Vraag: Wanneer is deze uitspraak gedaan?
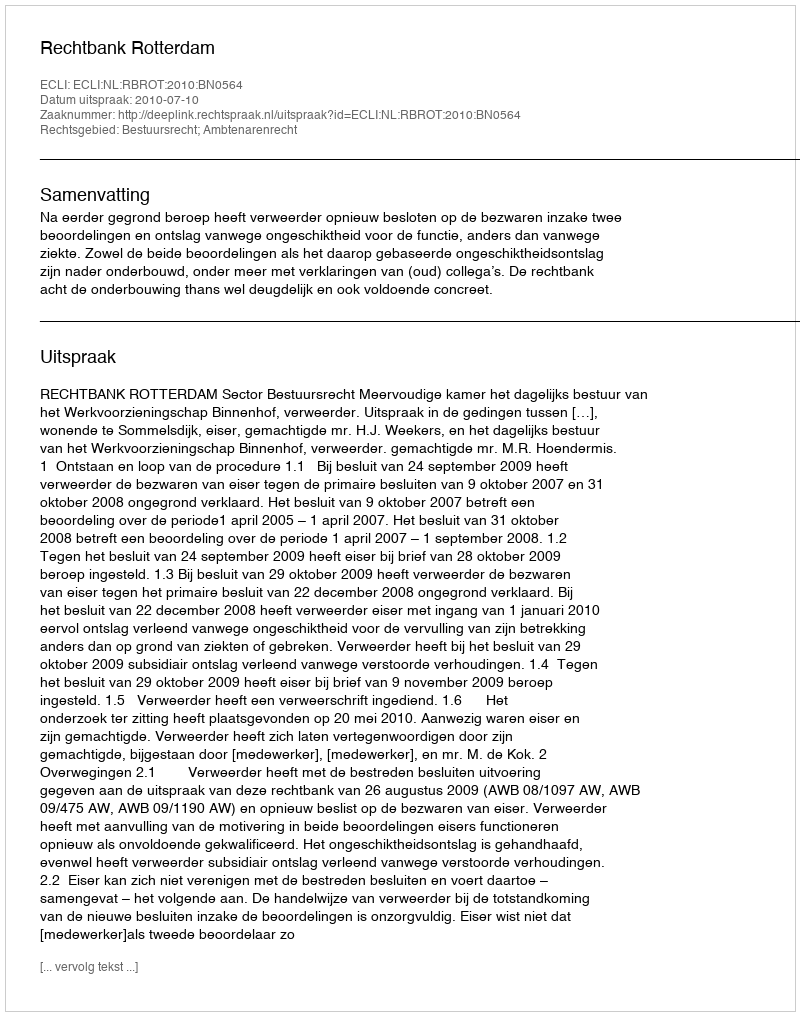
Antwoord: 2010-07-10